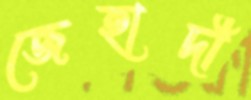
জেহাদী